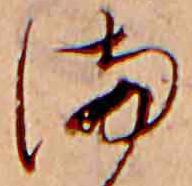
ま